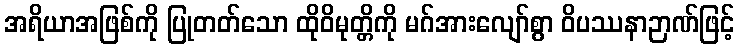
အရိယာအဖြစ်ကို ပြုတတ်သော ထိုဝိမုတ္တိကို မဂ်အားလျော်စွာ ဝိပဿနာဉာဏ်ဖြင့်